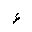
Letter: _hamza